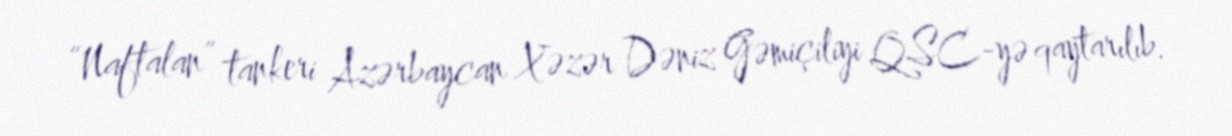
“Naftalan” tankeri Azərbaycan Xəzər Dəniz Gəmiçiliyi QSC-yə qaytarılıb.